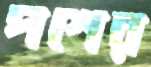
পশের